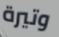
وتيرة